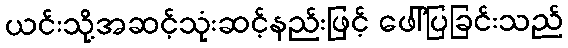
ယင်းသို့အဆင့်သုံးဆင့်နည်းဖြင့် ဖေါ်ပြခြင်းသည်